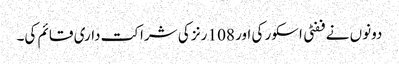
دونوں نے ففٹی اسکور کی اور 108 رنز کی شراکت داری قائم کی۔